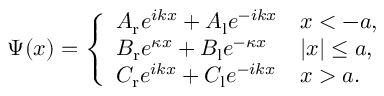
\Psi ( x ) = { \left\{ \begin{array} { l l } { A _ { \mathrm { r } } e ^ { i k x } + A _ { \mathrm { l } } e ^ { - i k x } } & { x < - a , } \\ { B _ { \mathrm { r } } e ^ { \kappa x } + B _ { \mathrm { l } } e ^ { - \kappa x } } & { | x | \leq a , } \\ { C _ { \mathrm { r } } e ^ { i k x } + C _ { \mathrm { l } } e ^ { - i k x } } & { x > a . } \end{array} \right. }